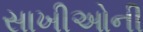
સાખીઓની